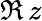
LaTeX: \Re\, z